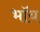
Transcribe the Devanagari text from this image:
भॉय